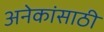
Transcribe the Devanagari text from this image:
अनेकांसाठी